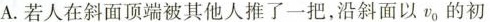
A.若人在斜面顶端被其他人推了一把，沿斜面以v_{0}的初